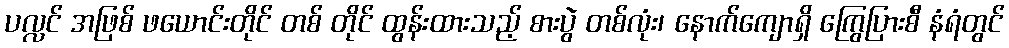
ပလ္လင် အဖြစ် ဖယောင်းတိုင် တစ် တိုင် ထွန်းထားသည့် စားပွဲ တစ်လုံး၊ နောက်ကျောရှိ ကြွေပြားစီ နံရံတွင်